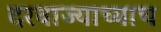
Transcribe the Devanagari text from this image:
दरवाज्याच्याच